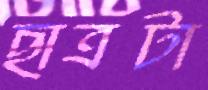
ছাত্রটা